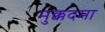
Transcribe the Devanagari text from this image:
मुक्कदमा